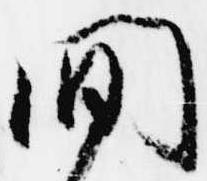
間